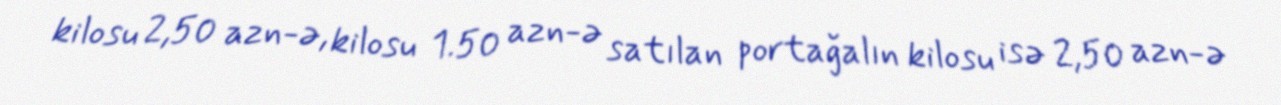
kilosu 2,50 azn-ə, kilosu 1.50 azn-ə satılan portağalın kilosu isə 2,50 azn-ə